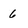
Character: 6